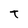
Character: T